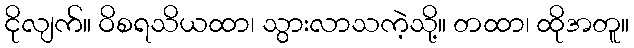
ငိုလျက်။ ဝိစရသိယထာ၊ သွားလာသကဲ့သို့။ တထာ၊ ထိုအတူ။